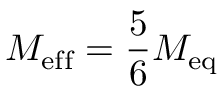
M _ { \mathrm { e f f } } = \frac { 5 } { 6 } M _ { \mathrm { e q } }